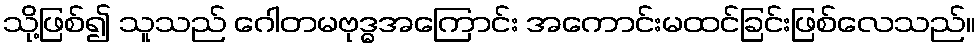
သို့ဖြစ်၍ သူသည် ဂေါတမဗုဒ္ဓအကြောင်း အကောင်းမထင်ခြင်းဖြစ်လေသည်။